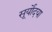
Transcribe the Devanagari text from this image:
सूर्योदया